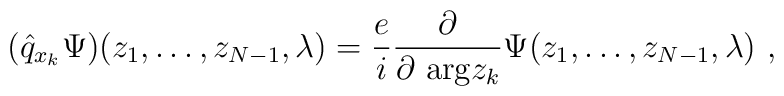
(\hat q_{x_k} \Psi)(z_1,\dots ,z_{N-1},\lambda) =  \frac ei \frac {\partial}{\partial \  \mbox{\rm arg} z_k}  \Psi (z_1,\dots ,z_{N-1},\lambda) \ ,